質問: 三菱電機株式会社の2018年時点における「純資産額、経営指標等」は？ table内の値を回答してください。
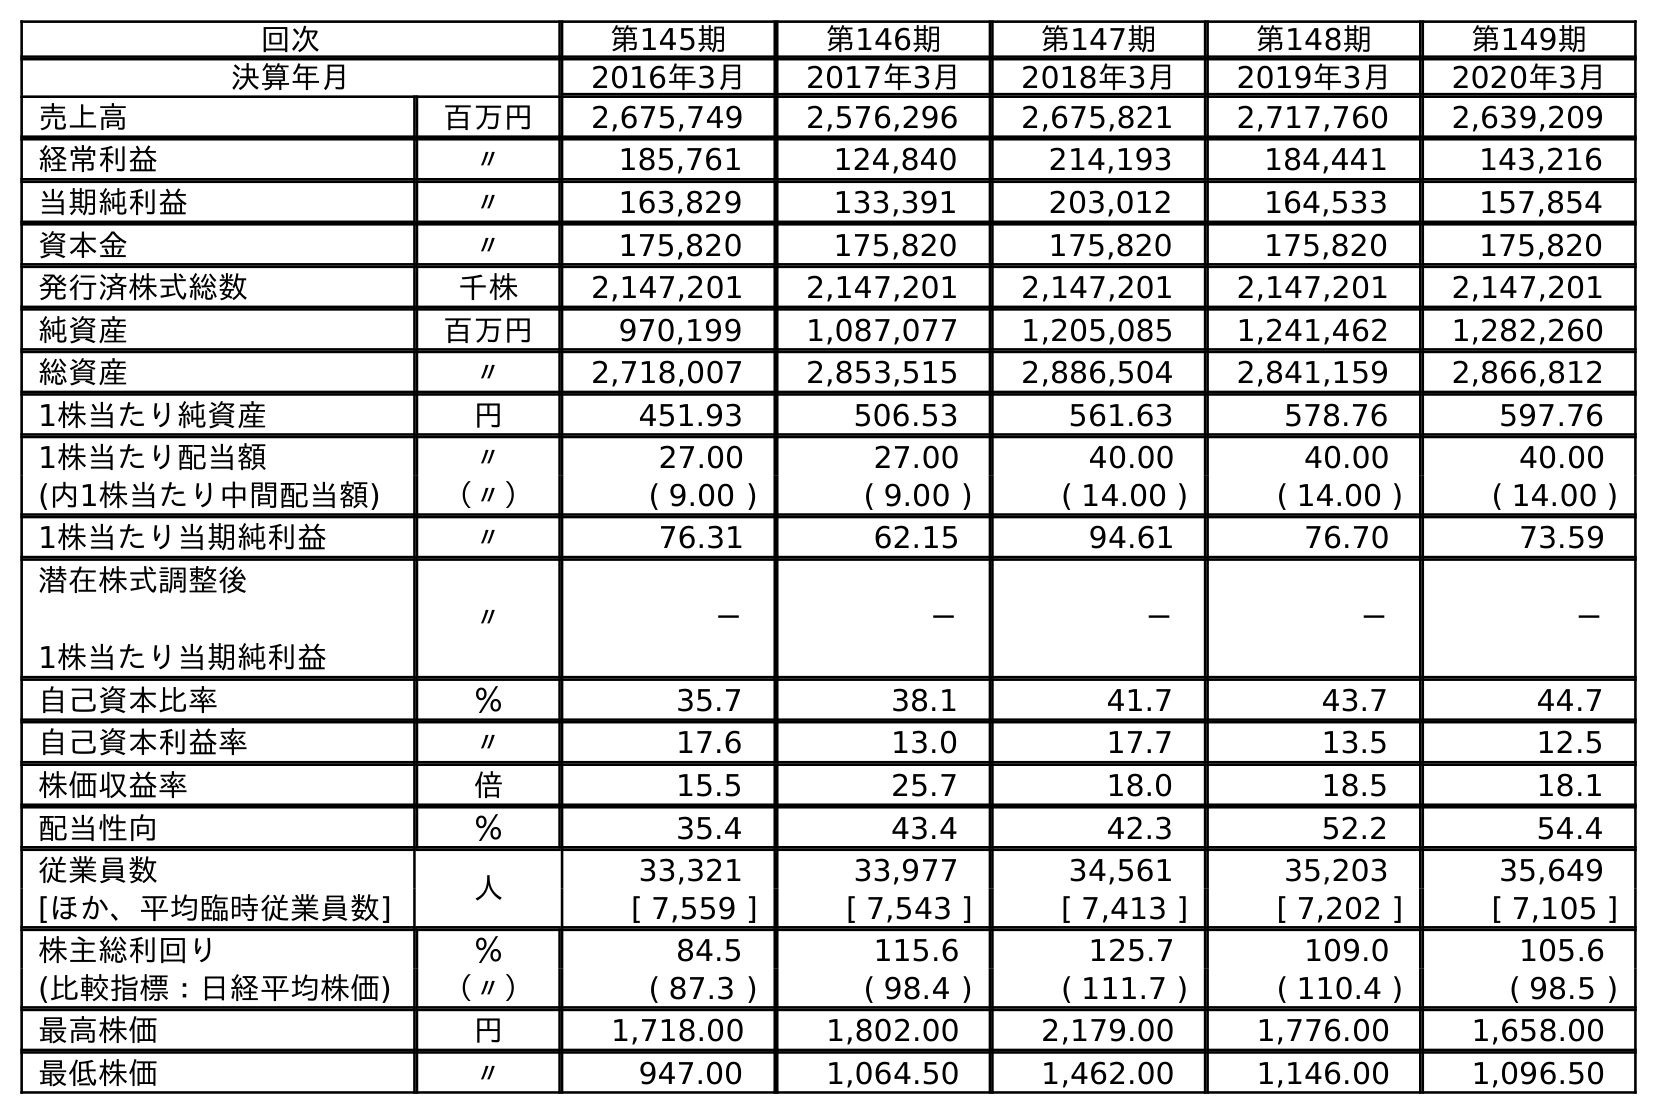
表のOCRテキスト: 回次 第145期 第146期 第147期 第148期 第149期 決算年月 2016年3月 2017年3月 2018年3月 2019年3月 2020年3月 売上高 百万円 2,675,749 2,576,296 2,675,821 2,717,760 2,639,209 経常利益 〃 185,761 124,840 214,193 184,441 143,216 当期純利益 〃 163,829 133,391 203,012 164,533 157,854 資本金 〃 175,820 175,820 175,820 175,820 175,820 発行済株式総数 千株 2,147,201 2,147,201 2,147,201 2,147,201 2,147,201 純資産 百万円 970,199 1,087,077 1,205,085 1,241,462 1,282,260 総資産 〃 2,718,007 2,853,515 2,886,504 2,841,159 2,866,812 1株当たり純資産 円 451.93 506.53 561.63 578.76 597.76 1株当たり配当額 〃 27.00 27.00 40.00 40.00 40.00 (内1株当たり中間配当額) （〃） ( 9.00 ) ( 9.00 ) ( 14.00 ) ( 14.00 ) ( 14.00 ) 1株当たり当期純利益 〃 76.31 62.15 94.61 76.70 73.59 潜在株式調整後 1株当たり当期純利益 〃 － － － － － 自己資本比率 ％ 35.7 38.1 41.7 43.7 44.7 自己資本利益率 〃 17.6 13.0 17.7 13.5 12.5 株価収益率 倍 15.5 25.7 18.0 18.5 18.1 配当性向 ％ 35.4 43.4 42.3 52.2 54.4 従業員数 人 33,321 33,977 34,561 35,203 35,649 [ほか、平均臨時従業員数] [ 7,559 ] [ 7,543 ] [ 7,413 ] [ 7,202 ] [ 7,105 ] 株主総利回り ％ 84.5 115.6 125.7 109.0 105.6 (比較指標：日経平均株価) （〃） ( 87.3 ) ( 98.4 ) ( 111.7 ) ( 110.4 ) ( 98.5 ) 最高株価 円 1,718.00 1,802.00 2,179.00 1,776.00 1,658.00 最低株価 〃 947.00 1,064.50 1,462.00 1,146.00 1,096.50
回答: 1,205,085